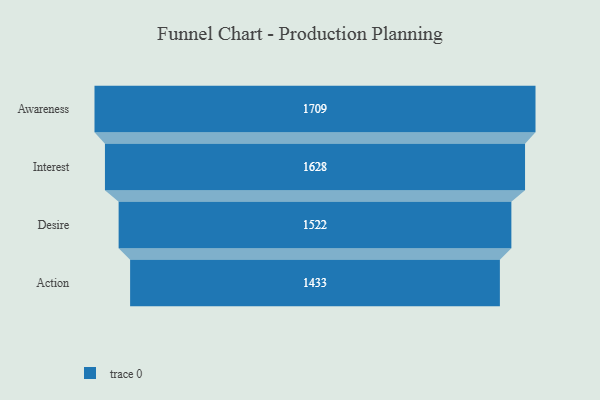
{"axis": {"x": "Stage", "y": "Value"}, "legend": [""], "data": [{"x": "Awareness", "y": 1709.0, "type": ""}, {"x": "Interest", "y": 1628.0, "type": ""}, {"x": "Desire", "y": 1522.0, "type": ""}, {"x": "Action", "y": 1433.0, "type": ""}]}